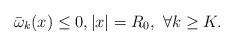
LaTeX: \begin{align*}\bar{\omega}_k(x) \leq 0, |x|=R_0, \,\, \forall k\geq K.\end{align*}